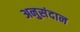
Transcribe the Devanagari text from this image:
अनुसंदान